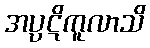
အပ္ပဋိကူလာသိ